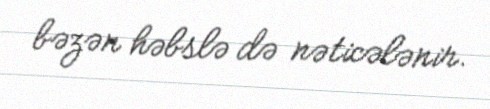
bəzən həbslə də nəticələnir.